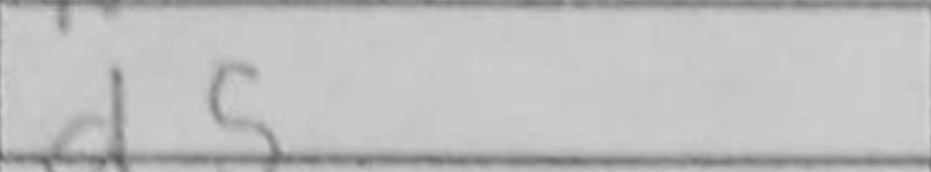
Transcription: d5